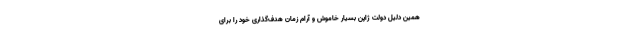
همین دلیل دولت ژاپن بسیار خاموش و آرام زمان هدف‌گذاری خود را برای